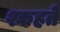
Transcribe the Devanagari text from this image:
श्कहते